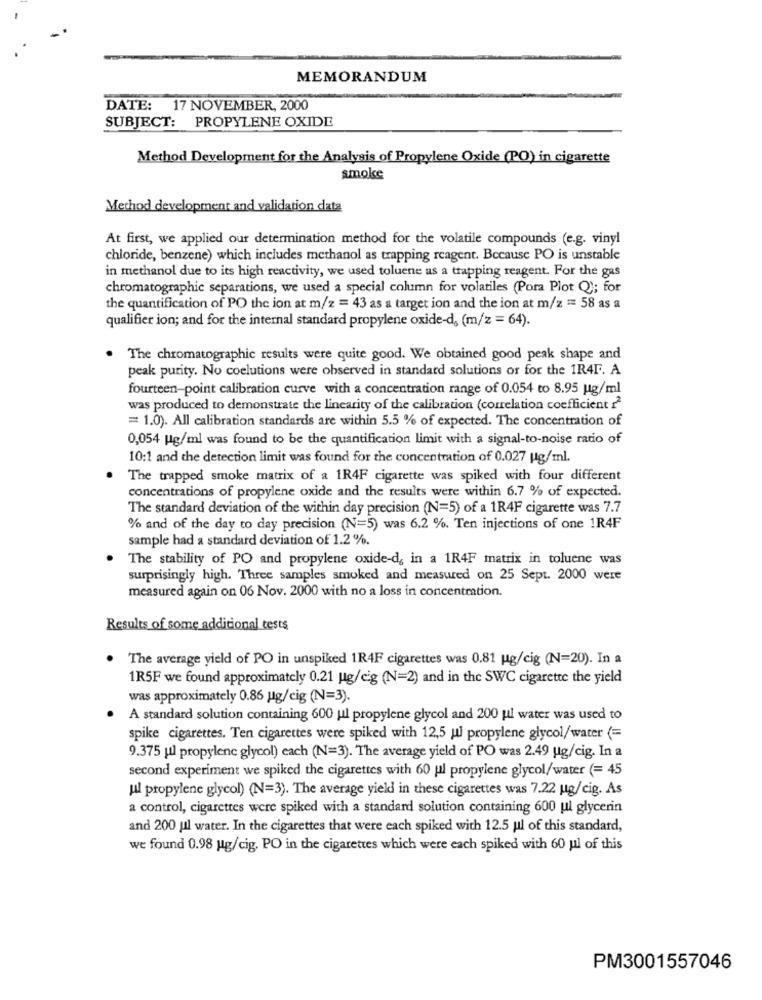
MEMORANDUM
DATE: 17 NOVEMBER, 2000
SUBJECT: PROPYLENE OXIDE
Method Development for the Analysis of Propylene Oxide (PO) in cigarette
smoke
Method development and validation data
At first, we applied our determination method for the volatile compounds (e.g. vinyl
chloride, benzene) which includes methanol as trapping reagent. Because PO is unstable
in methanol due to its high reactivity, we used toluene as a trapping reagent. For the gas
chromatographie separations, we used a special column for volatiles (Pora Plot Q); for
the quantification of PO the ion at m/z = 43 as a target ion and the ion at m/z == 58 as a
qualifier ion; and for the internal standard propylene oxide-ds (m/z = 64).
. The chromatographic results were quite good. We obtained good peak shape and
peak purity. No coelutions were observed in standard solutions or for the 1R4F. A
fourteen-point calibration curve with a concentration range of 0.054 to 8.95 ug/ml
was produced to demonstrate the linearity of the calibration (correlation coefficient ??
= 1.0). All calibration standards are within 5.5 % of expected. The concentration of
0,054 Mg/ml was found to be the quantification limit with a signal-to-noise ratio of
10:1 and the detection limit was found for the concentration of 0.027 ug/ml.
The trapped smoke matrix of a 1R4F cigarette was spiked with four different
concentrations of propylene oxide and the results were within 6.7 % of expected.
The standard deviation of the within day precision (N=5) of a 1R4F cigarette was 7.7
% and of the day to day precision (N=5) was 6.2 %. Ten injections of one 1R4F
sample had a standard deviation of 1.2 %.
The stability of PO and propylene oxide-d, in a 1R4F matrix in toluene was
surprisingly high. Three samples smoked and measured on 25 Sept. 2000 were
measured again on 06 Nov. 2000 with no a loss in concentration.
Results of some additional tests
. The average yield of PO in unspiked 1R4F cigarettes was 0.81 ug/cig (N=20). In a
1R5F we found approximately 0.21 ug/cig (N=2) and in the SWC cigarette the yield
was approximately 0.86 ug/cig (N=3).
A standard solution containing 600 ul propylene glycol and 200 ul water was used to
spike cigarettes. Ten cigarettes were spiked with 12,5 ul propylene glycol/water (=
9.375 ul propylene glycol) each (N=3). The average yield of PO was 2.49 ug/cig. In a
second experiment we spiked the cigarettes with 60 ul propylene glycol/water (= 45
ul propylene glycol) (N=3). The average yield in these cigarettes was 7.22 ug/cig. As
a control, cigarettes were spiked with a standard solution containing 600 ul glycerin
and 200 ul water. In the cigarettes that were each spiked with 12.5 ul of this standard,
we found 0.98 ug/cig. PO in the cigarettes which were each spiked with 60 ul of this
PM3001557046